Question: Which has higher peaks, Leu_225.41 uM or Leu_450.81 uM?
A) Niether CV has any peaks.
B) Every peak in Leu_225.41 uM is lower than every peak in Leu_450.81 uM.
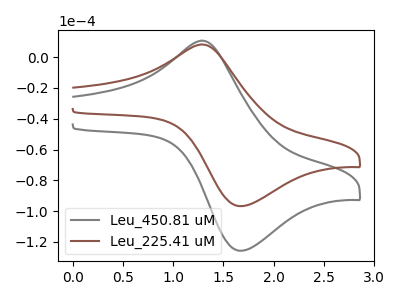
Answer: <think>The gray curve "Leu_450.81 uM" has an anodic peak at (1.30V, 10.75uA) and a cathodic peak at (1.70V, -125.80uA). The brown curve "Leu_225.41 uM" has an anodic peak at (1.30V, 8.30uA) and a cathodic peak at (1.70V, -96.80uA).</think>
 <answer>B) Every peak in "Leu_225.41 uM" is lower than every peak in "Leu_450.81 uM".</answer>
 <eval>B</eval>